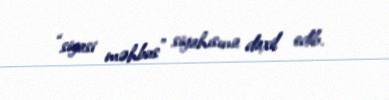
“siyasi məhbus” siyahısına daxil edib.